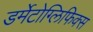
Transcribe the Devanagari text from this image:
डर्मेटोग्लिफिक्स